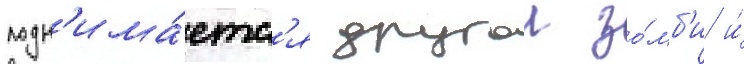
подн'има́етс'я другои зо́мб'и и́